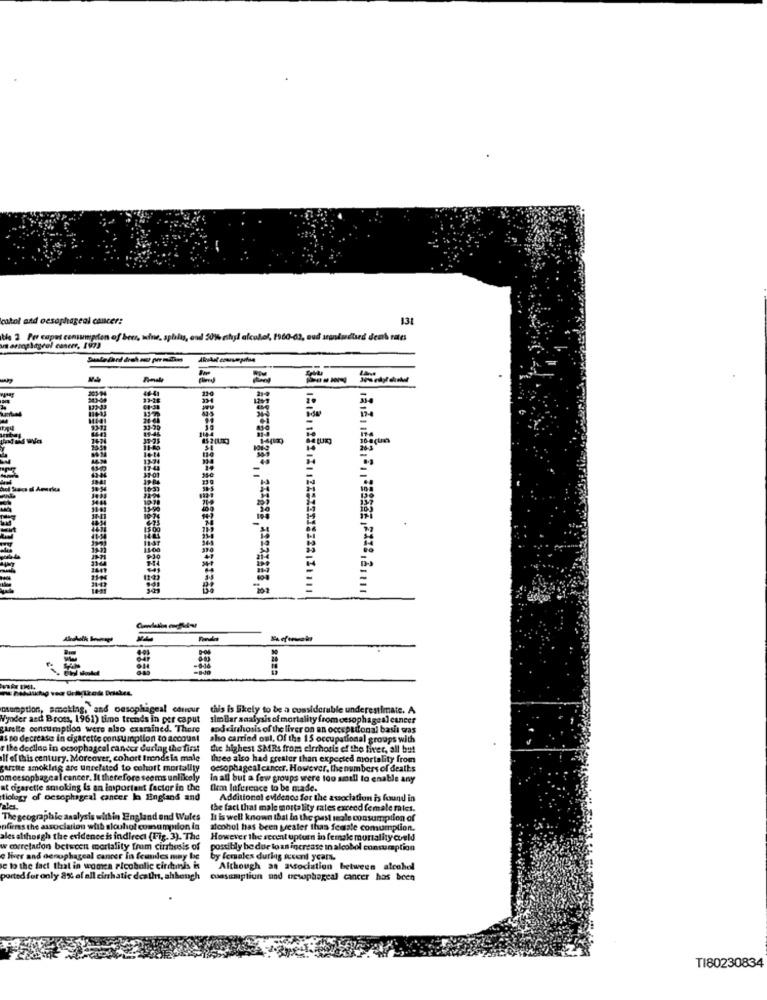
cakol and oesophageal cancer:
131
te 2 Por capet consumpden of beer, wine, splalas, end 201% zshyl alcohol, 1960-62, oud srandudird denk rates
13-74
d seu d Amarka
10-33
csumption, smoking, and oesophageal coureur this is likely to be a considerable underestimate. A
Wyoder and Bross, 1961) time trends in per caput similar analysis ofmortality from oesophageal cancer
Wyder and Bross, 1961) time trends in per caput
stelle consumption were also exarained. There
apdeirhosis of the liver on an occupational basis was
is no decrease in cigarette consumption to account
aho carried out, Of the 15 occupational groups with
T the decline in ocsophageal cancer during the first
die highest SMRs from cirrhosis of the liver, all bu!
If of this century. Moreover, cohort trends is male
Ihres also had greater than expected mortality from
garette smoking are unrelated to cohort mortality
oesophageal cancer. However, the numbers of deaths
omeesophageal cancer. It therefore seems unlikely
in all but a few groups were too small to enable any
at cigarette smoking Is an important factor in the firm laference to be made.
tiology of oesophageal cancer la Eingland and
Additional evidence for the association is found in
the fact that male mortality rates exceed female mies.
The geographic analysis within England and Wales
It is well known that Is the past seale consumption of
nfiers the association whib slouhol comampilon in
alcohol has been prester thas female comumplion.
ales although the evidence is indirect (Fig. 3). The
However the seccat upturn in female mortality could
w corretadon between mortality fram cirbreis of
possibly be due to an increase in alcohol consumption
e liver and denophageal cancer in feules may be
by females during iseni years.
le to the fact that in women ricobolic circmis is
Although an association between alcohol
ported for only 8% of all cinhatic deaths, ahbonph
consumption and oesophageal cancer has been
TI80230834